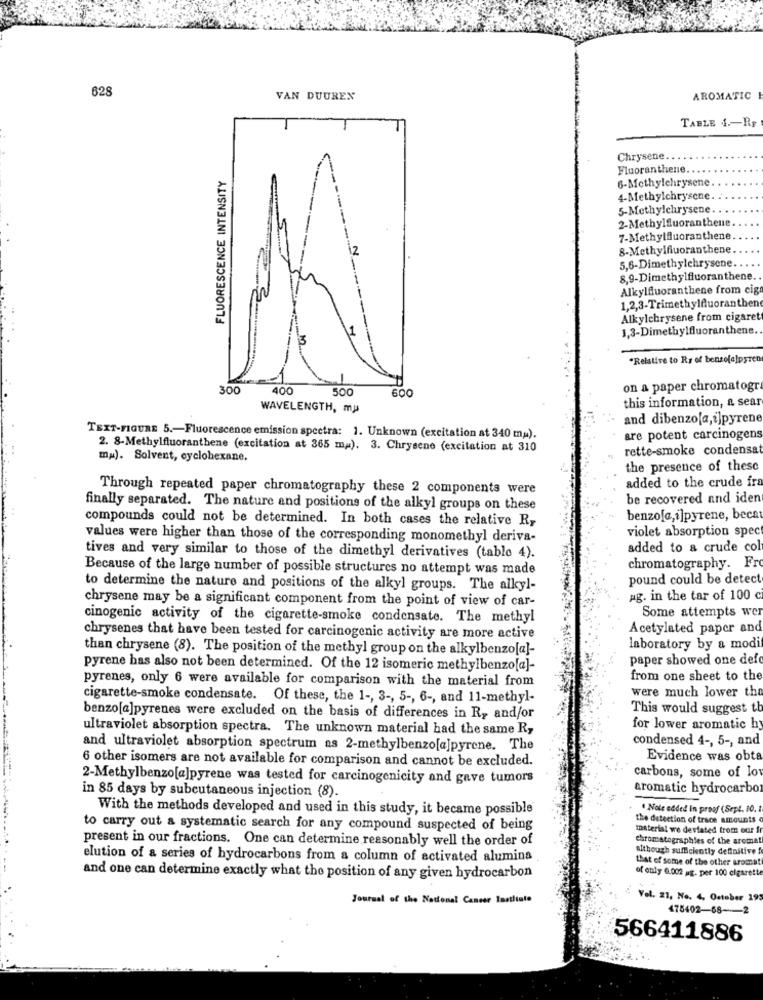
628
VAN DUUREN
AROMATIC
TABLE 4 .- RE
Chrysene
Fluoranthene.
FLUORESCENCE INTENSITY
6-Methylchrysene
4-Methylchrysene
5-Methylchrysene
2-Methylfluoranthene
7-Methylfluoranthene
2
8-Methylfiuoranthene.
5,6-Dimethylchrysene.
8,9-Dimethylfluoranthene.
Alkylfluoranthene from cig
1,2,3-Trimethylfluoranthen
Alkylchrysene from cigaret
1
1,3-Dimethylfluoranthene.
"Relative to Rs of benzofa]pyren
300
400
500
500
on a paper chromatogra
this information, a sear
WAVELENGTH, my
and dibenzola,i]pyrene
TEXT-FIGURE 5 .- Fluorescence emission spectra: 1. Unknown (excitation at 340 mu).
are potent carcinogens
2. 8-Methylfluoranthene (excitation at 365 m.). 3. Chrysene (excitation at 310
rette-smoke condensat
ma). Solvent, cyclohexane,
the presence of thesc
added to the crude fra
Through repeated paper chromatography these 2 components were
be recovered and iden
finally separated. The nature and positions of the alkyl groups on these
compounds could not be determined. In both cases the relative R,
benzofe,i]pyrene, becat
violet absorption spec
values were higher than those of the corresponding monomethyl deriva-
added to a crude col
tives and very similar to those of the dimethyl derivatives (tablo 4).
Because of the large number of possible structures no attempt was made
chromatography. Fro
pound could be detect
to determine the nature and positions of the alkyl groups. The alkyl-
chrysene may be a significant component from the point of view of car-
ag. in the tar of 100 c
cinogenic activity of the cigarette-smoke condensate. The methyl
Some attempts wer
Acetylated paper and
chrysenes that have been tested for carcinogenic activity are more active
than chrysene (8). The position of the methyl group on the alkylbenzo[a]-
laboratory by a modi
paper showed one def
pyrene has also not been determined. Of the 12 isomeric methylbenzo[a]-
pyrenes, only 6 were available for comparison with the material from
from one sheet to the
cigarette-smoke condensate. Of these, the 1 -, 3 -, 5 -, 6 -, and 11-methyl-
were much lower the
This would suggest tb
benzo[a]pyrenes were excluded on the basis of differences in R, and/or
ultraviolet absorption spectra. The unknown material had the same R,
for lower aromatic hy
condensed 4 -, 5 -, and
and ultraviolet absorption spectrum as 2-methylbenzo[a]pyrene. The
6 other isomers are not available for comparison and cannot be excluded.
Evidence was obta
2-Methylbenzo[a]pyrene was tested for carcinogenicity and gave tumors
carbons, some of lov
in 85 days by subcutaneous injection (8).
aromatic hydrocarbon
With the methods developed and used in this study, it became possible
" Noks added in proof ( Sept. 10.
the detection of trace amounts
to carry out a systematic search for any compound suspected of being
material we deviated from our
present in our fractions. One can determine reasonably well the order of
chromatographies of the aroma
Although sufficiently definitive
elution of a series of hydrocarbons from a column of activated alumina
that of some of the other aroma
and one can determine exactly what the position of any given hydrocarbon
of only 6.002 ug. per 100 cigarett
Journal of the National Cancer Institute
Vel. 21, No. 4, October 19
475402-68-2
566411886